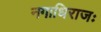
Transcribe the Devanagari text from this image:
नगाधिराजः